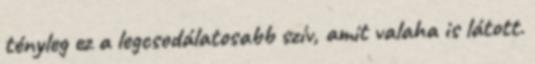
tényleg ez a legcsodálatosabb szív, amit valaha is látott.